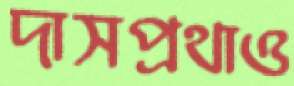
দাসপ্রথাও